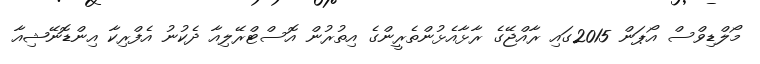
މޯލްޑިވްސް އޯޕަން 2015ގައި ރާއްޖޭގެ ރާޅާއެޅުންތެރީންގެ އިތުރުން އޮސްޓްރޭލިއާ ދެކުނު އެފްރިކާ އިންޑޮނޭޝިއާ